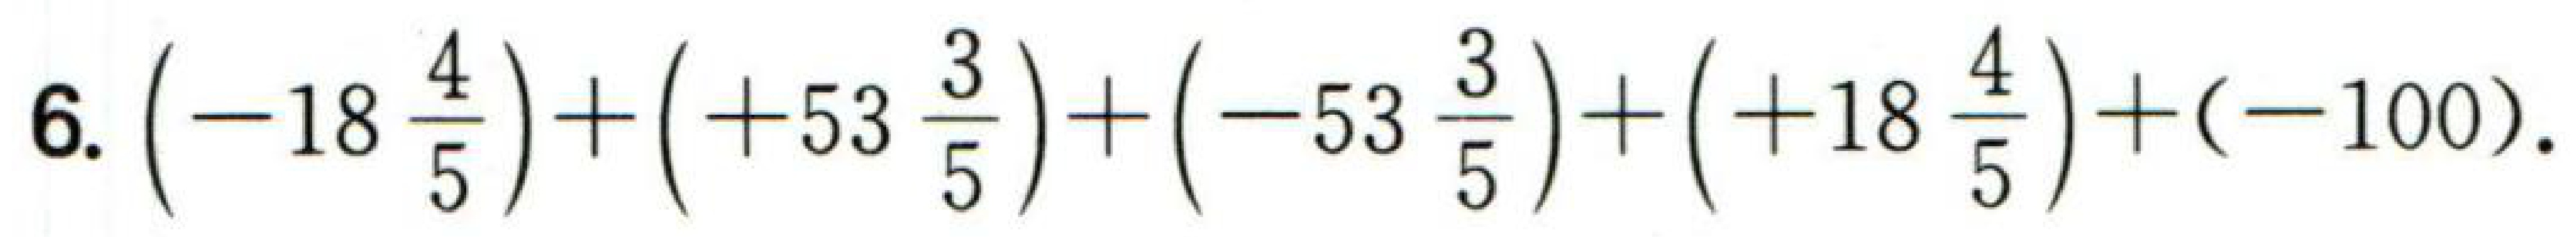
$6.\left(-18\frac{4}{5}\right)+\left(+53\frac{3}{5}\right)+\left(-53\frac{3}{5}\right)+\left(+18\frac{4}{5}\right)+(-100).$